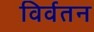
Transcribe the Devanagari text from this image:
विर्वतन